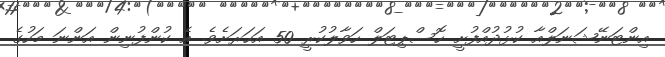
އިންޓަނޭޝަނަލްއާ ކުޅުދުއްފުށީ ހޮސްޕިޓަލް ހަވާލުކުރީ 50 އަހަރަށެވެ. އެ ކުންފުނިން އަންނަ މަހުގެ